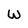
Character: W